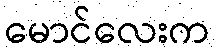
မောင်လေးက